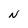
Character: N